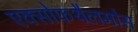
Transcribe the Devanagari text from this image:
एक्सोफथैलमोस